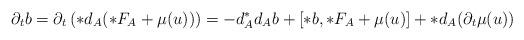
LaTeX: \begin{align*} \partial_t b &= \partial_t \left( *d_A(*F_A + \mu(u)) \right) = -d_A^* d_A b + [*b, *F_A + \mu(u)] + *d_A (\partial_t \mu(u))\end{align*}